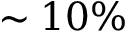
\sim 1 0 \%